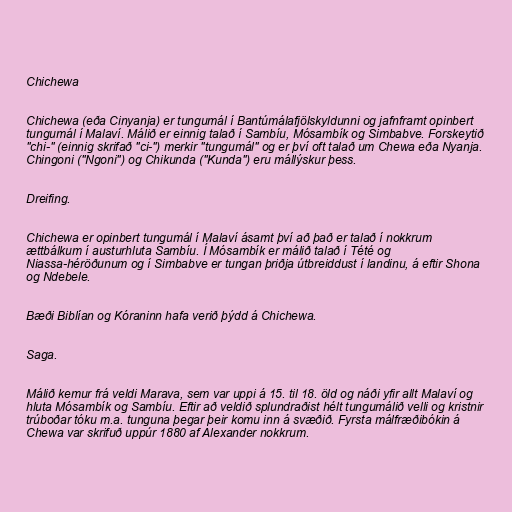
Chichewa

Chichewa (eða Cinyanja) er tungumál í Bantúmálafjölskyldunni og jafnframt opinbert
tungumál í Malaví. Málið er einnig talað í Sambíu, Mósambík og Simbabve. Forskeytið
"chi-" (einnig skrifað "ci-") merkir "tungumál" og er því oft talað um Chewa eða Nyanja.
Chingoni ("Ngoni") og Chikunda ("Kunda") eru mállýskur þess.

Dreifing.

Chichewa er opinbert tungumál í Malaví ásamt því að það er talað í nokkrum
ættbálkum í austurhluta Sambíu. Í Mósambík er málið talað í Tété og
Niassa-héröðunum og í Simbabve er tungan þriðja útbreiddust í landinu, á eftir Shona
og Ndebele.

Bæði Biblían og Kóraninn hafa verið þýdd á Chichewa.

Saga.

Málið kemur frá veldi Marava, sem var uppi á 15. til 18. öld og náði yfir allt Malaví og
hluta Mósambík og Sambíu. Eftir að veldið splundraðist hélt tungumálið velli og kristnir
trúboðar tóku m.a. tunguna þegar þeir komu inn á svæðið. Fyrsta málfræðibókin á
Chewa var skrifuð uppúr 1880 af Alexander nokkrum.